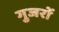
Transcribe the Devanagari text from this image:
गुजरों